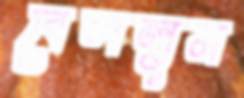
বেললুম